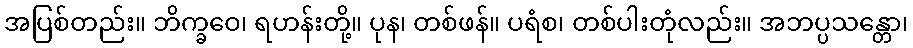
အပြစ်တည်း။ ဘိက္ခဝေ၊ ရဟန်းတို့။ ပုန၊ တစ်ဖန်။ ပရံစ၊ တစ်ပါးတုံလည်း။ အဘပ္ပသန္တော၊